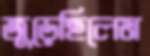
জুড়েছিলেম